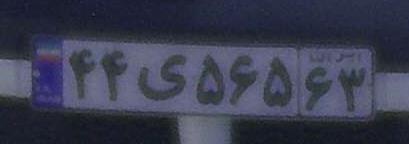
۴۴ی۵۶۵۶۳